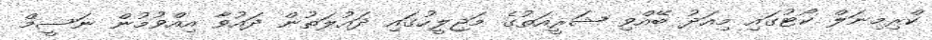
ކްރިމިނަލް ކޯޓުގައި މިއަދު ބޭއްވި ޝަރީއަތުގެ މަޖިލީހުގައި ދައުލަތުން ދައުވާ އިއްވުމުން ނަސީމް